Plague in India, 1896, 1897 - Volume 1
Year: 1896
Disease focus: Plague
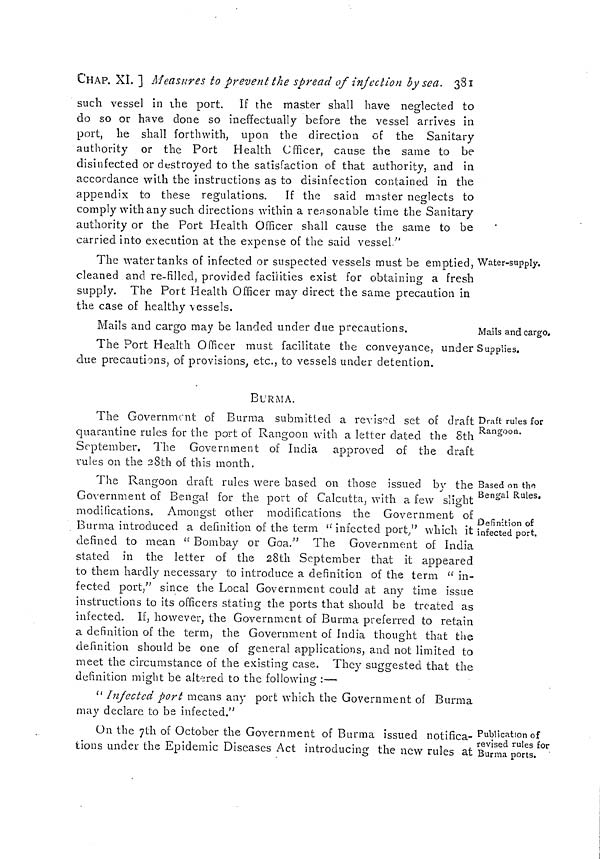
CHAP. XI. ] Measures to prevent the spread of injection by sea. 381
such vessel in the port. If the master shall have neglected to
do so or have done so ineffectually before the vessel arrives in
port, he shall forthwith, upon the direction of the Sanitary
authority or the Port Health Officer, cause the same to be
disinfected or destroyed to the satisfaction of that authority, and in
accordance with the instructions as to disinfection contained in the
appendix to these regulations. If the said mister neglects to
comply with any such directions within a reasonable time the Sanitary
authority or the Port Health Officer shall cause the same to be
carried into execution at the expense of the said vessel''
Water-supply.
The water tanks of infected or suspected vessels must be emptied,
cleaned and. re-filled, provided facilities exist for obtaining a fresh
supply. The Port Health Officer may direct the same precaution in
the case of healthy \essels.
Mails and cargo.
Mails and cargo may be landed under due precautions.
The Port Health Officer must facilitate the conveyance, under Supplies.
clue precautions, of provisions, etc., to vessels under detention.
BURMA.
Draft rules for
Rangoon.
The Government of Burma submitted a revised set of draft
quarantine rules for the port of Rangoon with a letter dated the 8th
September. The Government of India approved of the draft
rules on the 28th of this month.
Based on the
Bengal Rules.
Definition of
infected port.
The Rangoon draft rules were based on those issued by the
Government of Bengal for the port of Calcutta, with a few slight
modifications. Amongst other modifications the Government of
Burma introduced a definition of the term "infected port," which it
defined to mean "Bombay or Goa." The Government of India
stated in the letter of the 28th September that it appeared
to them hardly necessary to introduce a definition of the term "in-
fected port," since the Local Government could at any time issue
instructions to its officers stating the ports that should be treated as
infected. If, however, the Government of Burma preferred to retain
a definition of the term, the Government of India thought that the
definition should be one of general applications, and not limited to
meet the circumstance of the existing case. They suggested that the
definition might be altered to the following :—
" Infected port means any port which the Government of Burma
may declare to be infected."
Publication of
revised rules for
Burma ports.
On the 7th of October the Government of Burma issued notifica-
tions under the Epidemic Diseases Act introducing the new rules at